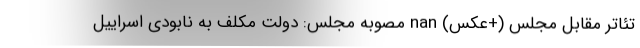
تئاتر مقابل مجلس (+عکس) nan مصوبه مجلس: دولت مکلف به نابودی اسراییل